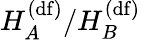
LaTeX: H_{A}^{(\mathrm{df})}/H_{B}^{(\mathrm{df})}